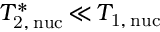
T _ { \mathrm { 2 , \, n u c } } ^ { \ast } \, { \ll } \, T _ { \mathrm { 1 , \, n u c } }